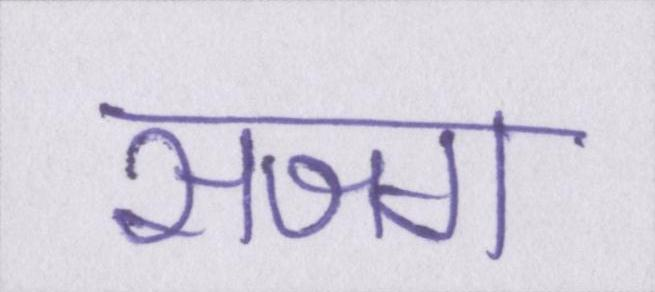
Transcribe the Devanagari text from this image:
सजग